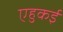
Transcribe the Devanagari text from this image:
एहुकई